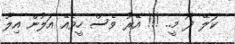
ކަލޭ ދޯ މީ.. !!! އޭރު ވެސް ހީވެއޭ އަލުން އިލޫ